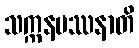
သက္ကနမဿနာတိ